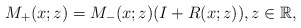
\begin{align*}M_+(x;z)= M_-(x;z)(I+R(x;z) ),z \in \mathbb{R},\end{align*}